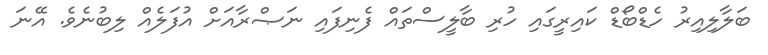
ބަލާލިއިރު ހެޑްބޯޑް ކައިރީގައި ހުރި ބާލީސްތައް ފެނިފައި ނަޞްރާއަށް އުފަލެއް ލިބުނެވެ. އޭނަ